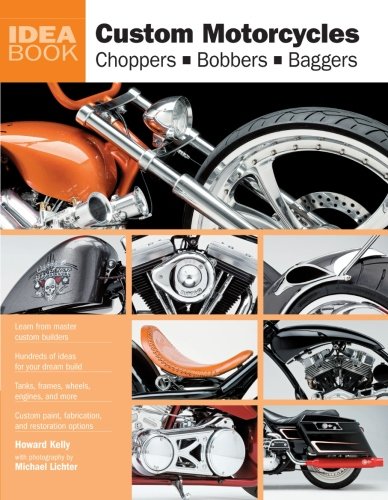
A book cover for Custom Motorcycles: Choppers Bobbers Baggers (Idea Book); Howard Kelly; Arts & Photography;